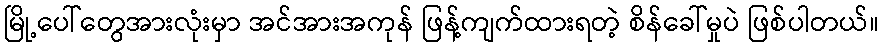
မြို့ပေါ်တွေအားလုံးမှာ အင်အားအကုန် ဖြန့်ကျက်ထားရတဲ့ စိန်ခေါ်မှုပဲ ဖြစ်ပါတယ်။